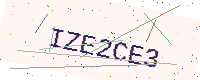
Text: IZE2CE3